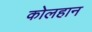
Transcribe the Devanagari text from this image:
कोलहान